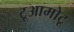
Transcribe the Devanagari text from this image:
टूआमोटू